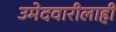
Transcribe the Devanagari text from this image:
उमेदवारीलाही